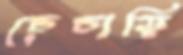
চেচাড়ি